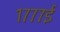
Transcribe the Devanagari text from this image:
१७७७ई